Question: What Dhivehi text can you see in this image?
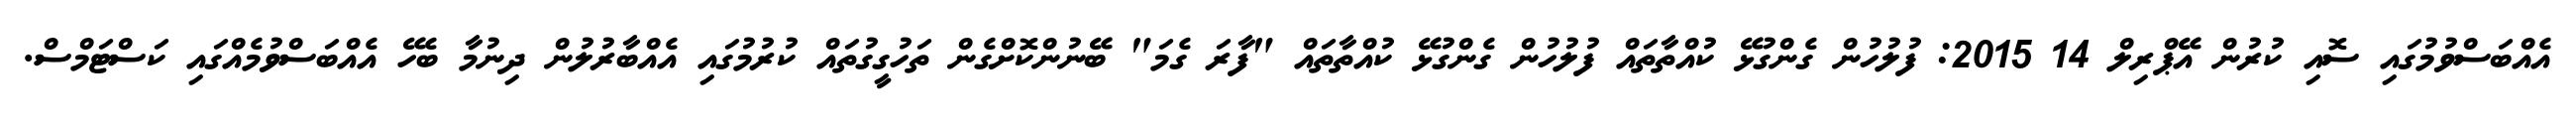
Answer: އެއްބަސްވުމުގައި ސޮއި ކުރުން އޭޕްރިލް 14 2015: ފުލުހުން ގެންގުޅޭ ކުއްތާތައް ފުލުހުން ގެންގުޅޭ ކުއްތާތައް "ފާރަ ގެމަ" ބޭނުންކޮށްގެން ތަހުގީގުތައް ކުރުމުގައި އެއްބާރުލުން ދިނުމާ ބެހޭ އެއްބަސްވުމެއްގައި ކަސްޓަމްސް.